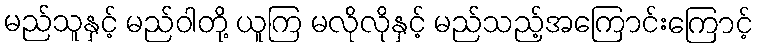
မည်သူနှင့် မည်ဝါတို့ ယူကြ မလိုလိုနှင့် မည်သည့်အကြောင်းကြောင့်